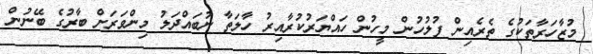
މުޒާހަރާތަކުގެ ތެރެއިން ފުލުހުން މީހުން ހައްޔަރުކުރާއިރު ހާލަތާ ނުބައްދަލު މިންވަރަށް ބާރުގެ ބޭނުން